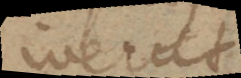
inerat